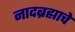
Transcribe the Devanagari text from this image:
नादब्रह्माचे